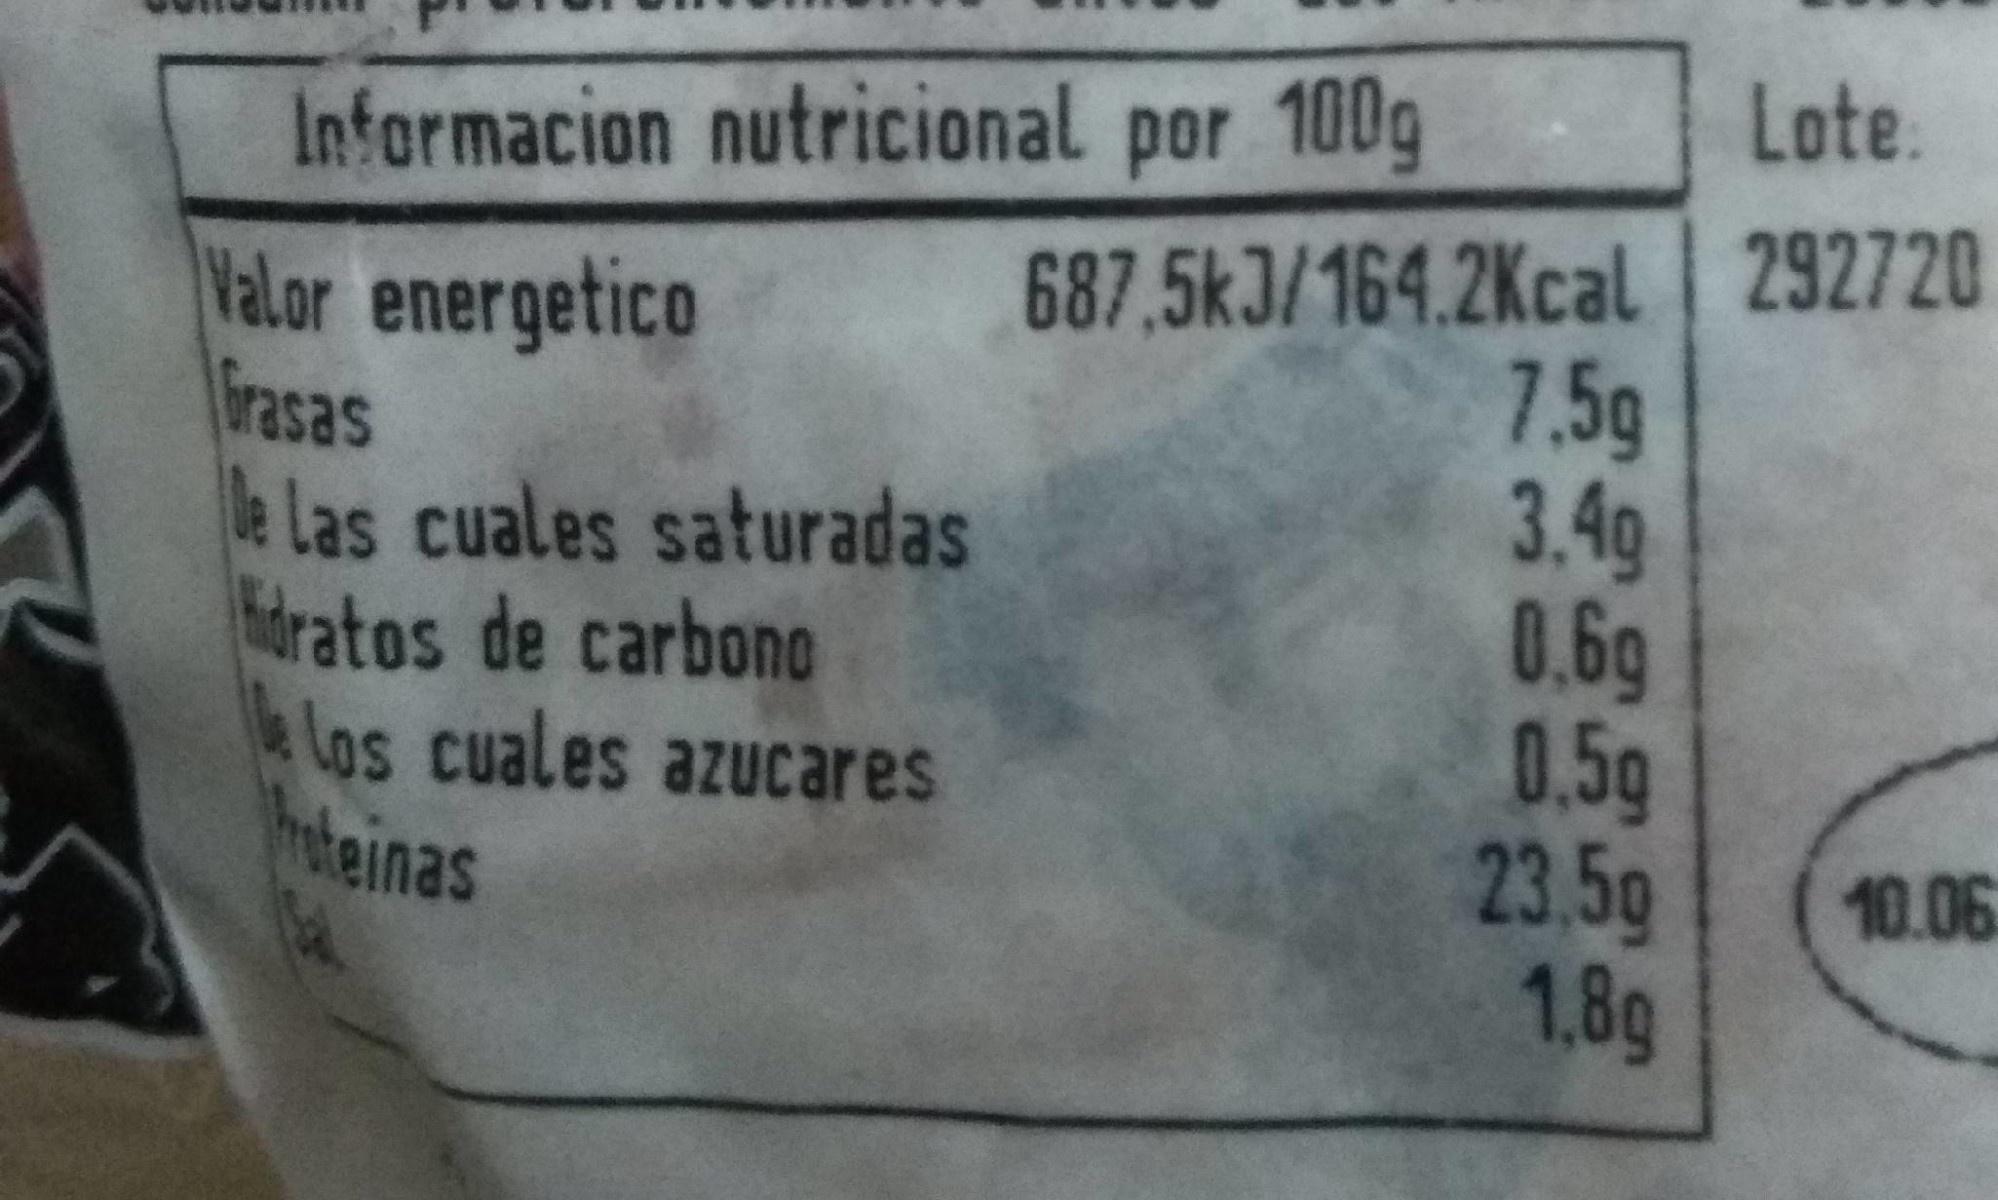
Lote.
Informacion nutricional por 100g
Valor energetico Grasas e Las cuales saturadas dratos de carbono eLos cuales azucares Thoteinas
687,5kJ/164.2Kcal 292720 7.5g 3.4g 0.6g 0.5g 23,5g 1,8g
10.06